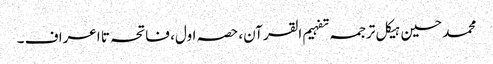
محمد حسین ہیکل ترجمہ تفہیم القرآن، حصہ اول، فاتحہ تا اعراف ۔